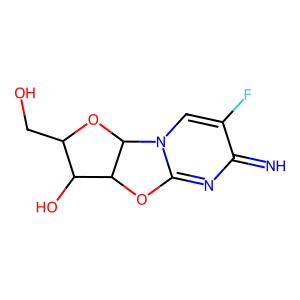
SMILES: N=c1nc2n(cc1F)C1OC(CO)C(O)C1O2
Inhibits HIV replication: No